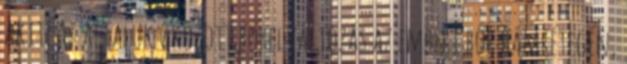
akit. Az általuk okozott bőrelváltozás az emberi bőr hámrétegén,